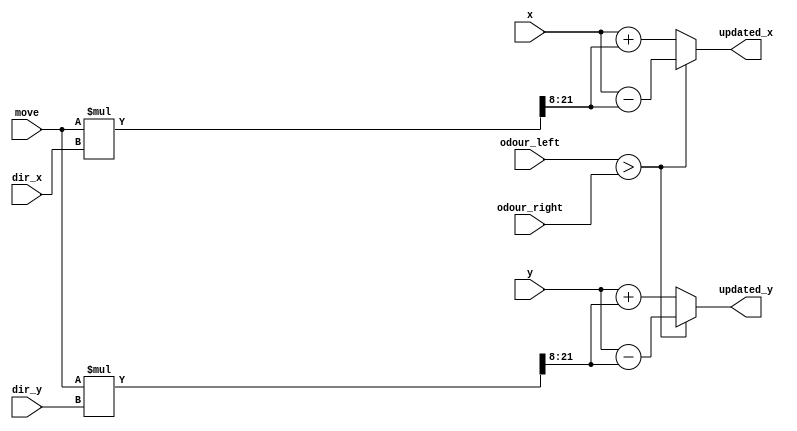
`timescale 1ns / 1ps
//////////////////////////////////////////////////////////////////////////////////
// Company: 
// Engineer: 
// 
// Design Name: 
// Module Name: beetle_position
// Project Name: 
// Target Devices: 
// Tool Versions: 
// Description: 
// 
// Dependencies: 
// 
// Revision:
// Revision 0.01 - File Created
// Additional Comments:
// 
//////////////////////////////////////////////////////////////////////////////////


module beetle_position(move,dir_x,dir_y,odour_left,odour_right,updated_x,updated_y,x,y);
input signed [13:0] move; //must be positive
input signed [8:0] dir_x,dir_y;
input signed [15:0] x,y;
input signed [31:0] odour_left,odour_right;
output signed [15:0] updated_x,updated_y;
wire signed [13:0] move_x,move_y;
wire signed [22:0] temp_x,temp_y;
assign temp_x= move*dir_x;
assign temp_y= move*dir_y;
assign move_x= (temp_x>>> 8);
assign move_y=(temp_y >>> 8);

assign updated_x= (odour_left>odour_right)?(x-move_x):(x+move_x);
assign updated_y= (odour_left>odour_right)?(y-move_y):(y+move_y);

endmodule